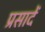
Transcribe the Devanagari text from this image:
प्रसादें